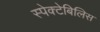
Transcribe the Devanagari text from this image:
स्पेक्टेबिलिस